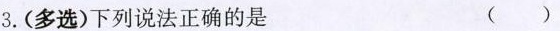
3.(多选)下列说法正确的是 ( )